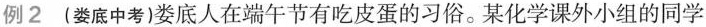
例2(娄底中考)娄底人在端午节有吃皮蛋的习俗。某化学课外小组的同学